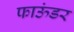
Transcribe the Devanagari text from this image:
फाऊंडर